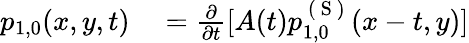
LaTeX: \begin{array}{rl}{p_{1,0}(x,y,t)}&{{}=\frac{\partial}{\partial t}[A(t)p_{1,0}^{\mathrm{~(~S~)~}}(x-t,y)]}\end{array}